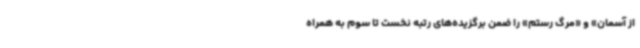
از آسمان» و «مرگ رستم» را ضمن برگزیده‌های رتبه نخست تا سوم به همراه